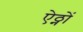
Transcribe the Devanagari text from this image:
ऐठ्नों